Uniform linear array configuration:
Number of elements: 32
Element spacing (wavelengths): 0.5
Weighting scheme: uniform
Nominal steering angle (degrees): -60
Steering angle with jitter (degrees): -58.523
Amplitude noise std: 0.05
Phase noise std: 0.05

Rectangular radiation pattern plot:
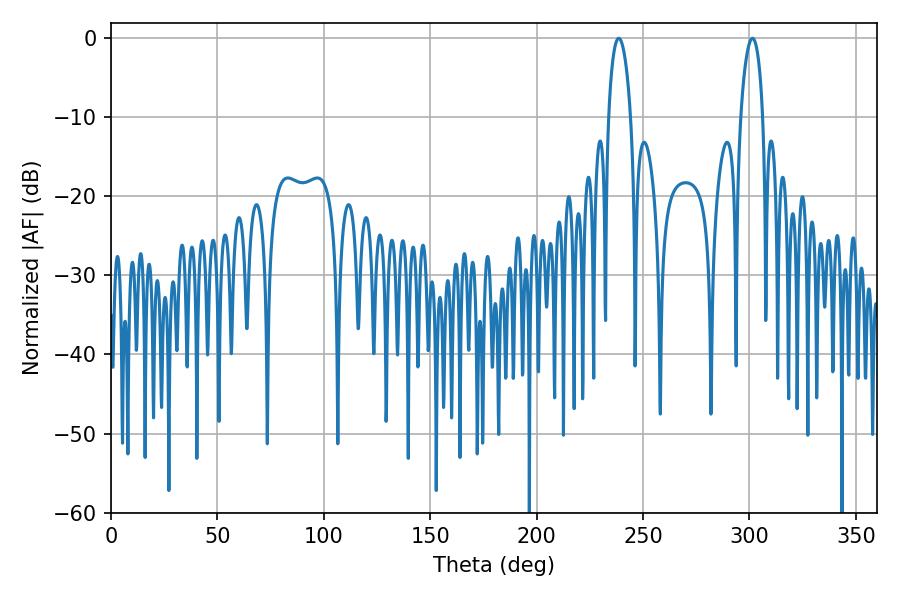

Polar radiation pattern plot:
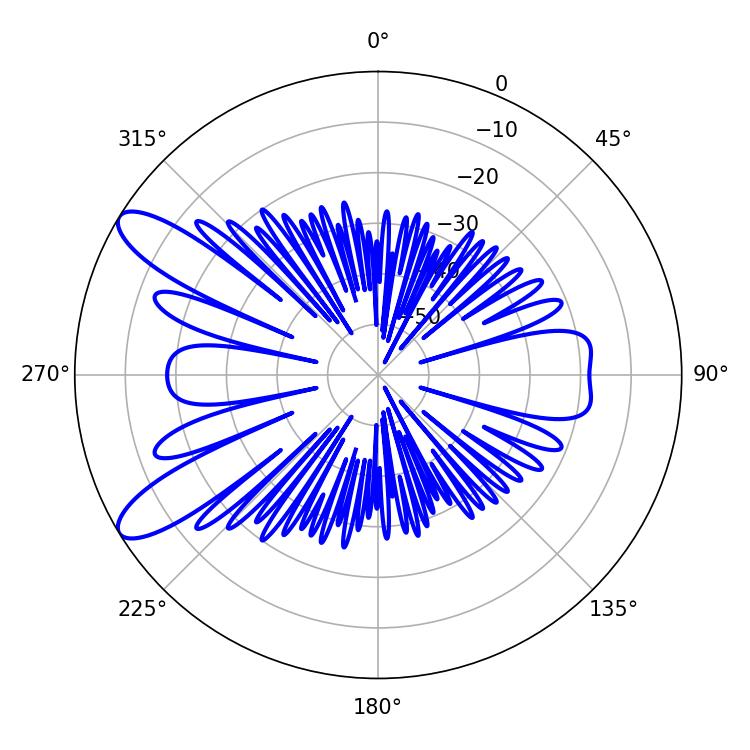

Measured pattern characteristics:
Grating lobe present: FALSE
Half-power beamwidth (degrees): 5.94
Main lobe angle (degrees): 238.5